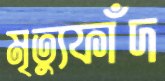
মৃত্যুফাঁদ